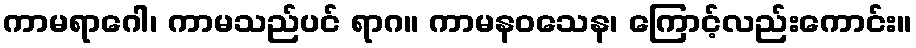
ကာမရာဂေါ၊ ကာမသည်ပင် ရာဂ။ ကာမနဝသေန၊ ကြောင့်လည်းကောင်း။